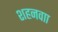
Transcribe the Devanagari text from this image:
शहनवाा